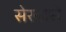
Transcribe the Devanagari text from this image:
सेरवारो